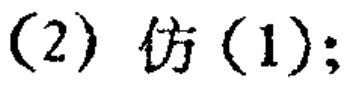
(2) 仿 (1);